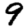
Digit: 9